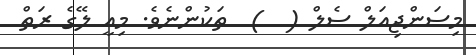
މިސަންޖިއަލް ސެލް (  )  ތަކުންނެވެ. މިއީ ލޭގެ ރަތް